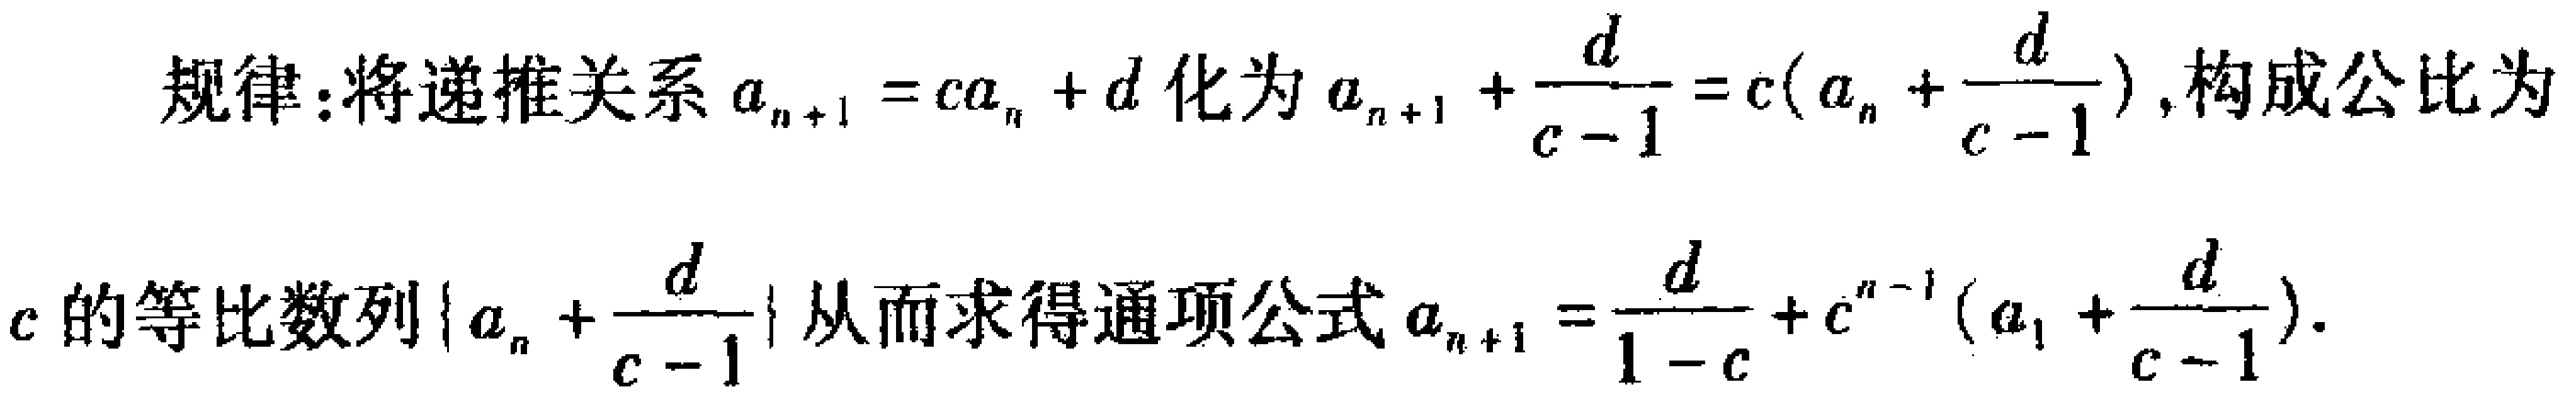
规律：将递推关系\(a_{n + 1} = ca_{n} + d\)化为\(a_{n + 1} + \frac{d}{c - 1} = c(a_{n} + \frac{d}{c - 1})\)，构成公比为\(c\)的等比数列\(\{a_{n} + \frac{d}{c - 1}\}\)从而求得通项公式\(a_{n + 1} = \frac{d}{1 - c} + c^{n - 1}(a_{1} + \frac{d}{c - 1})\)。